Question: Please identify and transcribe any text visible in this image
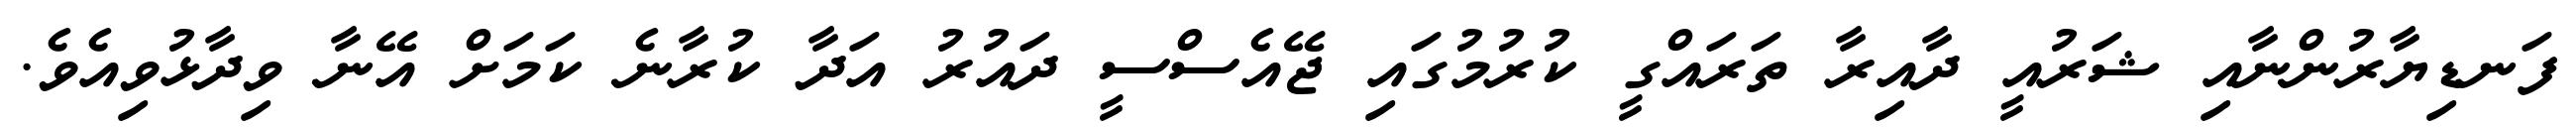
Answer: ފަނޑިޔާރުންނާއި ޝަރުއީ ދާއިރާ ތަރައްގީ ކުރުމުގައި ޖޭއެސްސީ ދައުރު އަދާ ކުރާނެ ކަމަށް އޭނާ ވިދާޅުވިއެވެ.